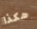
هكذا